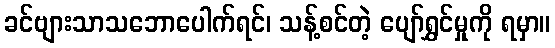
ခင်ဗျားသာသဘောပေါက်ရင်၊ သန့်စင်တဲ့ ပျော်ရွှင်မှုကို ရမှာ။